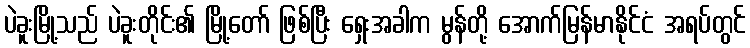
ပဲခူးမြို့သည် ပဲခူးတိုင်း၏ မြို့တော် ဖြစ်ပြီး ရှေးအခါက မွန်တို့ အောက်မြန်မာနိုင်ငံ အရပ်တွင်